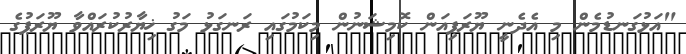
"އަޅުގަނޑުމެން މި އެދެނީ ޔޫރަޕިއަން ކޮމިޝަނުން މިކަމުގައި ރަނގަޅު މަގު ޚިޔާރުކުރައްވާ ޔޫރަޕުގެ